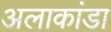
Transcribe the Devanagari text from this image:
अलाकांडा